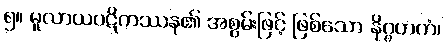
၅။ မူလာယပဋိကဿန၏ အစွမ်းဖြင့် ဖြစ်သော နိဂ္ဂဟကံ၊